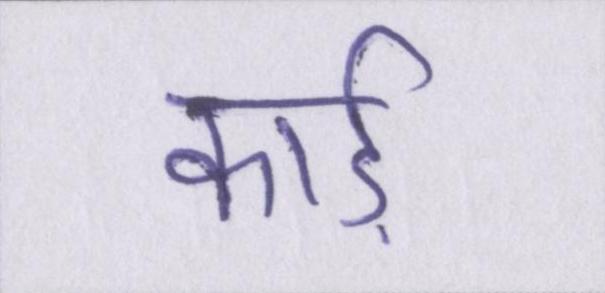
कार्ड़